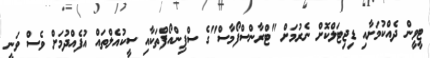
ޓީވީން ދެއްކުމަށާއި ޑިޖިޓަލްކޮށް ނެރުމަށް "ޓްރާންސްފޯމާސް"ގެ ސްޕިންއޯފްތަކާއި ސީކުއެލްތައް އުފެއްދުމަށް ވެސް ވަނީ